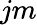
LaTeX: jm